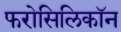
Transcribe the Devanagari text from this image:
फरोसिलिकॉन